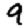
Digit: 9